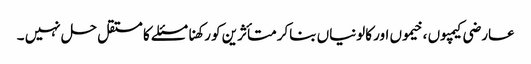
عارضی کیمپوں ، خیموں اور کالونیاں بناکر متأثرین کو رکھنا مسئلے کا مستقل حل نہیں ۔